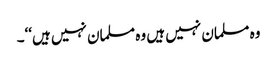
وہ مسلمان نہیں ہیں وہ مسلمان نہیں ہیں‘‘۔